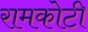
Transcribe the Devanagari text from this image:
रामकोटी